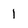
Character: 1